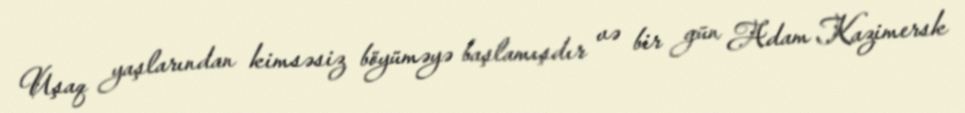
Uşaq yaşlarından kimsəsiz böyüməyə başlamışdır və bir gün Adam Kazimersk